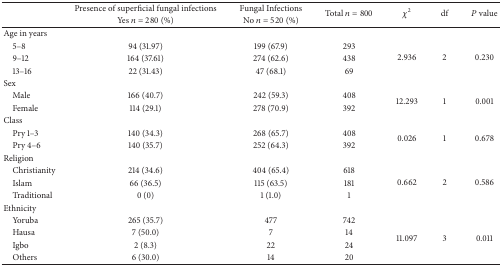
|  | Presence of superficial fungal infections | Fungal Infections | <ROWSPAN=2> Total n = 800 | <ROWSPAN=2> χ2 | <ROWSPAN=2> df | <ROWSPAN=2> P value |
 |  | Yes n = 280 (%) | No n = 520 (%) |
 | --- | --- | --- | --- | --- | --- | --- |
 | Age in years |  |  |  |  |  |  |
 | 5–8 | 94 (31.97) | 199 (67.9) | 293 | <ROWSPAN=3> 2.936 | <ROWSPAN=3> 2 | <ROWSPAN=3> 0.230 |
 | 9–12 | 164 (37.61) | 274 (62.6) | 438 |
 | 13–16 | 22 (31.43) | 47 (68.1) | 69 |
 | Sex |  |  |  |  |  |  |
 | Male | 166 (40.7) | 242 (59.3) | 408 | <ROWSPAN=2> 12.293 | <ROWSPAN=2> 1 | <ROWSPAN=2> 0.001 |
 | Female | 114 (29.1) | 278 (70.9) | 392 |
 | Class |  |  |  |  |  |  |
 | Pry 1–3 | 140 (34.3) | 268 (65.7) | 408 | <ROWSPAN=2> 0.026 | <ROWSPAN=2> 1 | <ROWSPAN=2> 0.678 |
 | Pry 4–6 | 140 (35.7) | 252 (64.3) | 392 |
 | Religion |  |  |  |  |  |  |
 | Christianity | 214 (34.6) | 404 (65.4) | 618 | <ROWSPAN=3> 0.662 | <ROWSPAN=3> 2 | <ROWSPAN=3> 0.586 |
 | Islam | 66 (36.5) | 115 (63.5) | 181 |
 | Traditional | 0 (0) | 1 (1.0) | 1 |
 | Ethnicity |  |  |  |  |  |  |
 | Yoruba | 265 (35.7) | 477 | 742 | <ROWSPAN=4> 11.097 | <ROWSPAN=4> 3 | <ROWSPAN=4> 0.011 |
 | Hausa | 7 (50.0) | 7 | 14 |
 | Igbo | 2 (8.3) | 22 | 24 |
 | Others | 6 (30.0) | 14 | 20 |